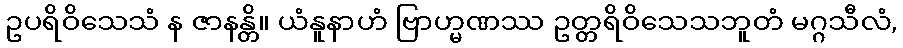
ဥပရိဝိသေသံ န ဇာနန္တိ။ ယံနူနာဟံ ဗြာဟ္မဏဿ ဥတ္တရိဝိသေသဘူတံ မဂ္ဂသီလံ,